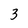
Character: 3